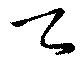
天